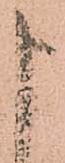
申